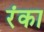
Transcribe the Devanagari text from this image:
रंका